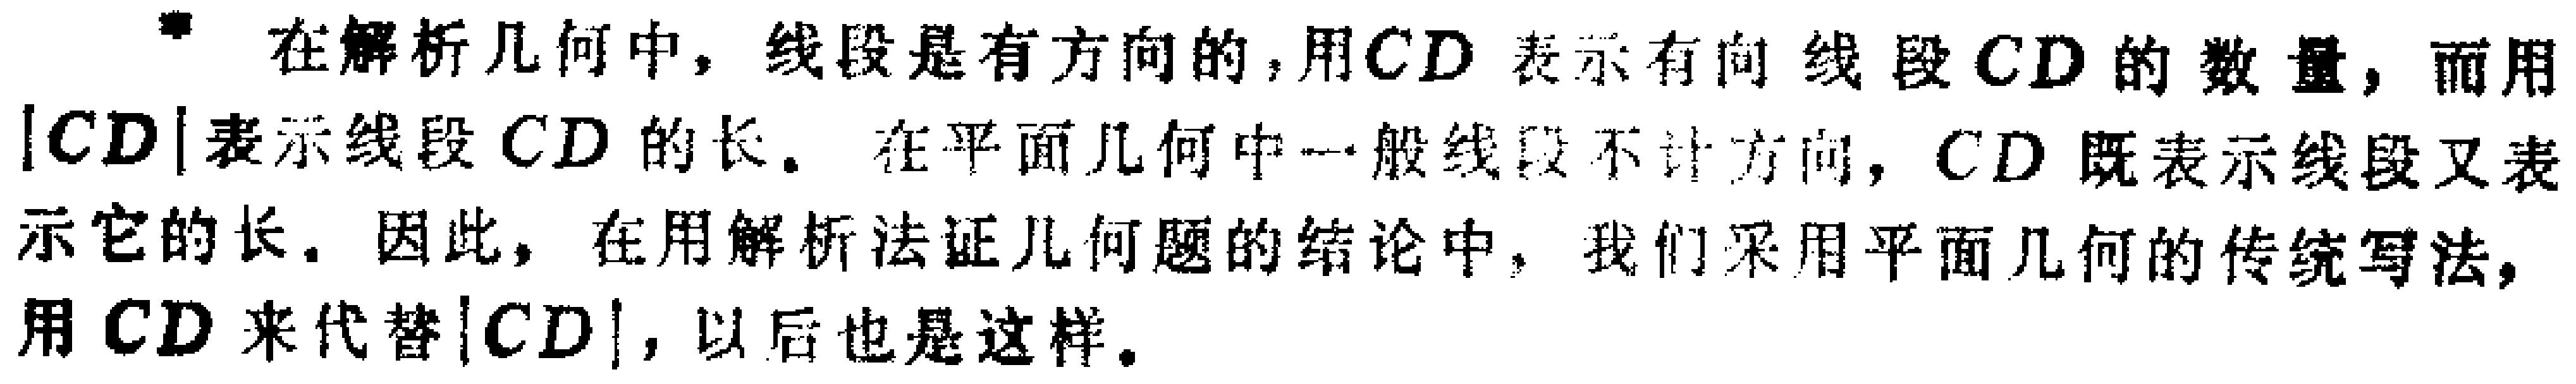
在解析几何中，线段是有方向的，用\(CD\)表示有向线段\(CD\)的数量，而用\(\vert CD\vert\)表示线段\(CD\)的长。在平面几何中一般线段不计方向，\(CD\)既表示线段又表示它的长。因此，在用解析法证几何题的结论中，我们采用平面几何的传统写法，用\(CD\)来代替\(\vert CD\vert\)，以后也是这样。